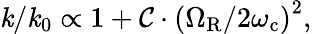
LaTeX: {\mathit{k}}/{\mathit{k}_{0}}\propto1+\mathcal{{C}}\cdot\left({\Omega_{\mathrm{{R}}}}/{2\omega_{\mathrm{{c}}}}\right)^{2},